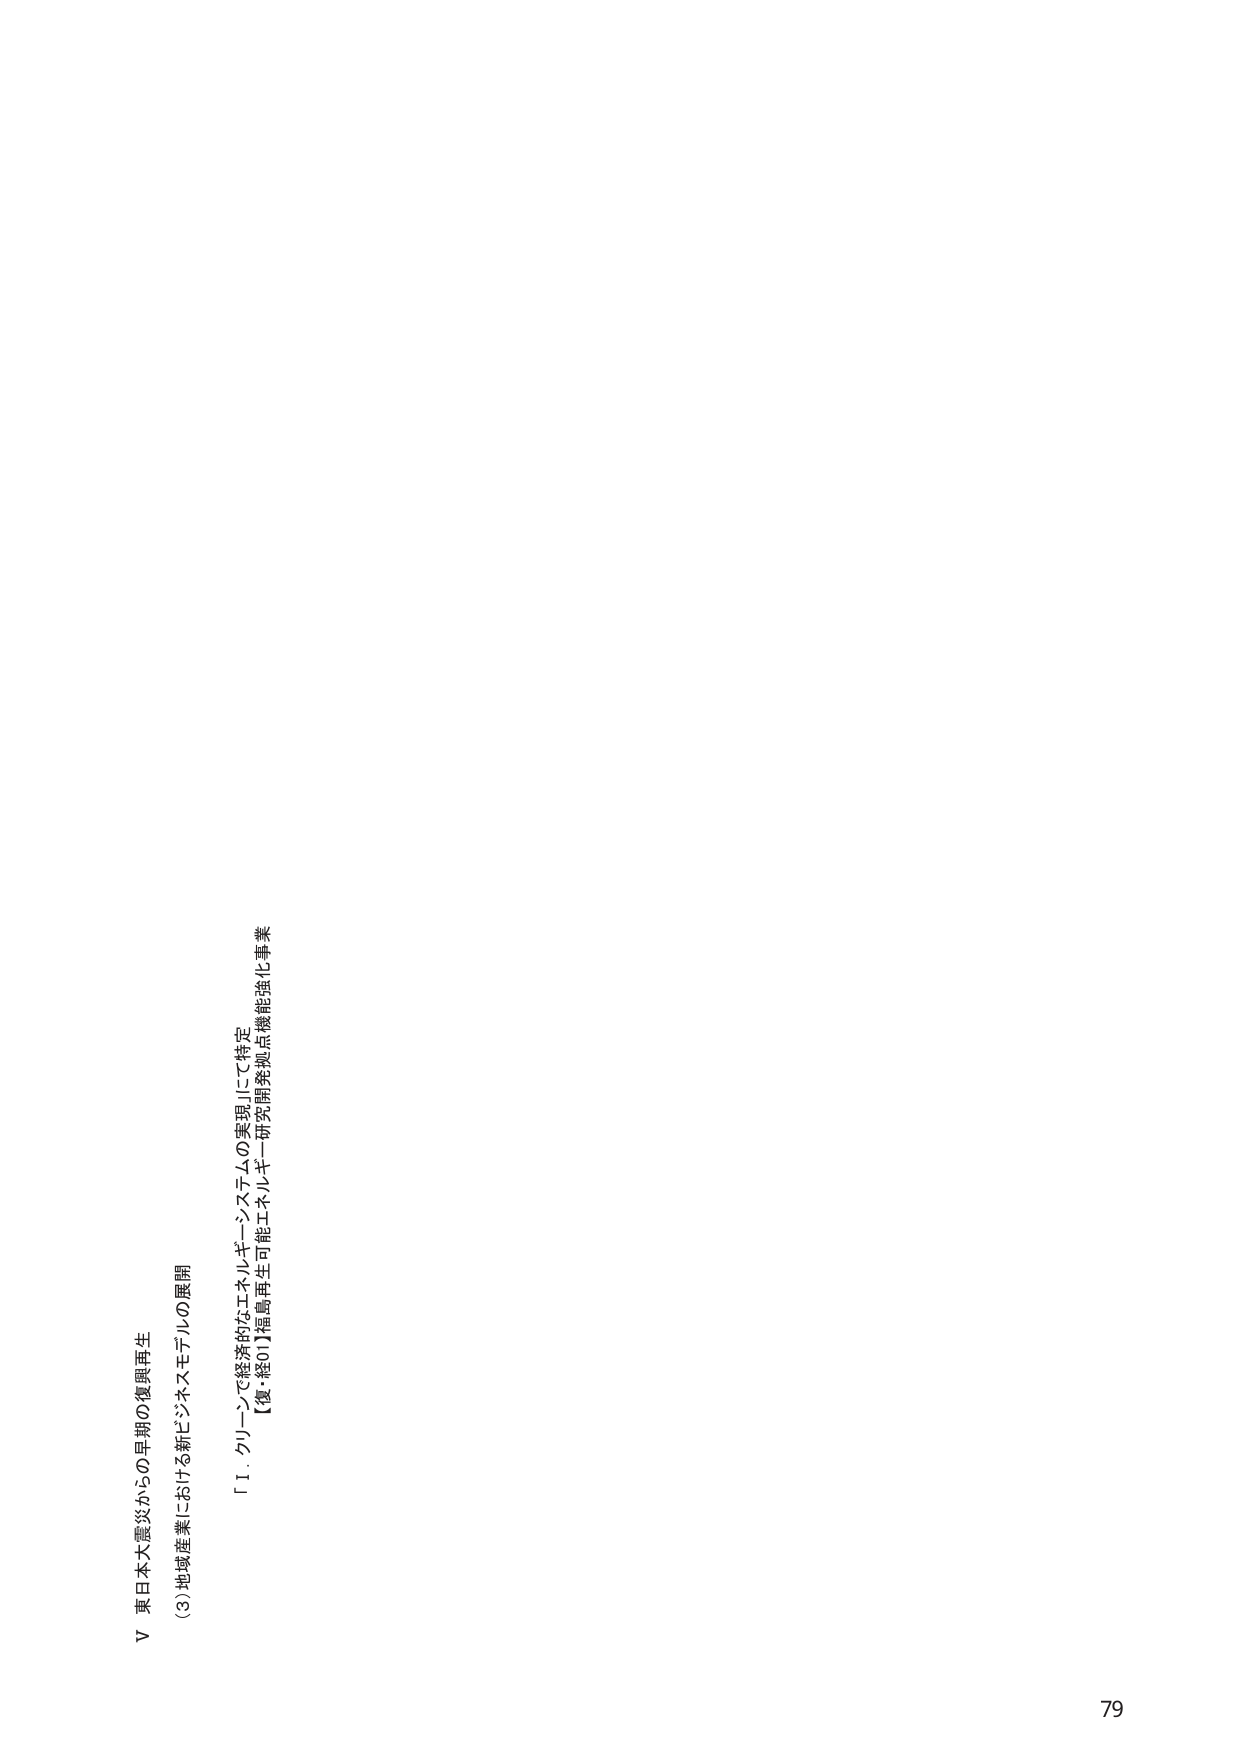
V 東日本大震災からの早期の復興再生
(3) 地域産業における新ビジネスモデルの展開
「1. クリーンで経済的なエネルギーシステムの実現」にて特定
【復・総01】福島再生可能エネルギー研究開発拠点機能強化事業
79